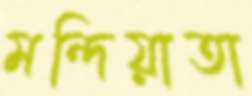
মন্দিয়াতা